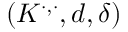
( K ^ { \cdot , \cdot } , d , \delta )